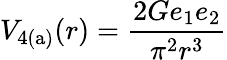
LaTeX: V_{\mathrm{4(a)}}(r)=\frac{2Ge_{1}e_{2}}{\pi^{2}r^{3}}